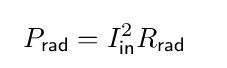
\ P_{\mathsf {rad}}=I_{\mathsf {in}}^{2}R_{\mathsf {rad}}\quad